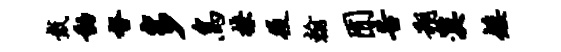
戴动督多鸟撩役翰囿告朔漠矮